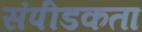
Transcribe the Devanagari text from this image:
संपीडकता